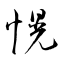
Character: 愰